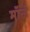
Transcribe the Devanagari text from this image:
मॉन्डे